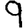
Digit: 9